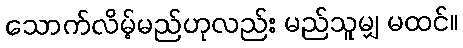
သောက်လိမ့်မည်ဟုလည်း မည်သူမျှ မထင်။